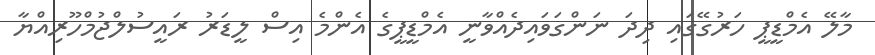
މާލޭ އެމްޑީޕީ ހަރުގޭގައި ދިދަ ނަންގަވައިދެއްވާނީ އެމްޑީޕީގެ އެންމެ އިސް ލީޑަރު ރައީސުލްޖުމްހޫރިއްޔާ